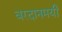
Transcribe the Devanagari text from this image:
वरदानमयी